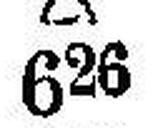
626